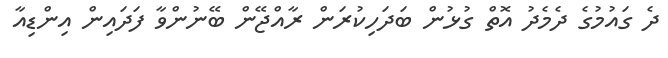
ދެ ގައުމުގެ ދެމެދު އޮތް ގުޅުން ބަދަހިކުރަން ރާއްޖޭން ބޭނުންވާ ފަދައިން އިންޑިއާ